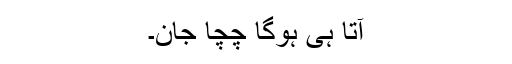
آتا ہی ہوگا چچا جان۔